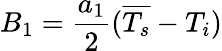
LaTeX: B_{1}=\frac{a_{1}}{2}(\overline{{T_{s}}}-T_{i})